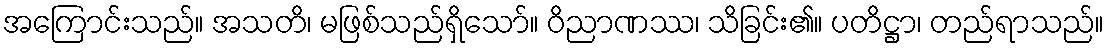
အကြောင်းသည်။ အသတိ၊ မဖြစ်သည်ရှိသော်။ ဝိညာဏဿ၊ သိခြင်း၏။ ပတိဋ္ဌာ၊ တည်ရာသည်။